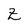
Character: Z